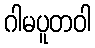
ဂါမပူတဝါ